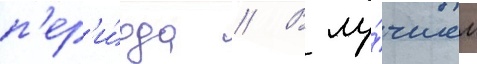
п'ер'и́ода // В лу́чшем